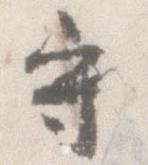
守